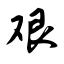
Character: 艰